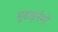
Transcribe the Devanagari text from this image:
भूडाइनेमो